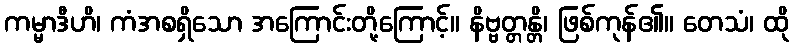
ကမ္မာဒီဟိ၊ ကံအစရှိသော အကြောင်းတို့ကြောင့်။ နိဗ္ဗတ္တန္တိ၊ ဖြစ်ကုန်၏။ တေသံ၊ ထို